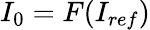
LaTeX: I_{0}=F(I_{ref})